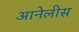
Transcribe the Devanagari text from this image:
आनेलीस